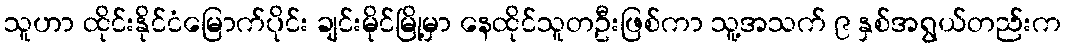
သူဟာ ထိုင်းနိုင်ငံမြောက်ပိုင်း ချင်းမိုင်မြို့မှာ နေထိုင်သူတဦးဖြစ်ကာ သူ့အသက် ၉ နှစ်အရွယ်တည်းက